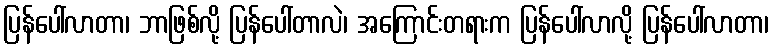
ပြန်ပေါ်လာတာ၊ ဘာဖြစ်လို့ ပြန်ပေါ်တာလဲ၊ အကြောင်းတရားက ပြန်ပေါ်လာလို့ ပြန်ပေါ်လာတာ၊